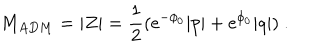
M _ { A D M } = | Z | = { \frac { 1 } { 2 } } ( { \mathrm { e } } ^ { - \phi _ { 0 } } | p | + { \mathrm { e } } ^ { \phi _ { 0 } } | q | ) \ .